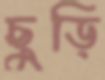
ছুড়ি